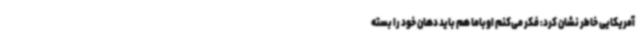
آمریکایی خاطر نشان کرد: فکر می‌کنم اوباما هم باید دهان خود را بسته